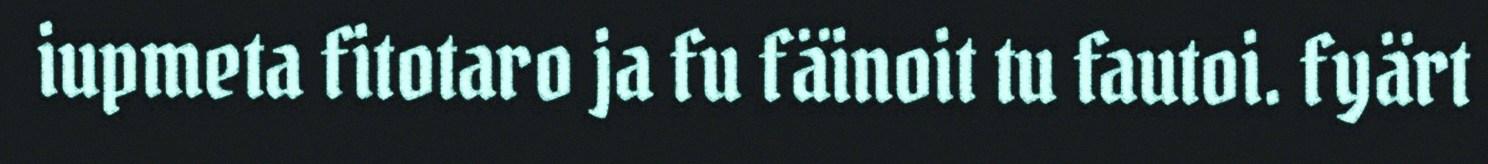
iupmeta fitotaro ja fu fäinoit tu fautoi. fyärt